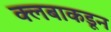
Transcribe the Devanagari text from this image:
क्लबाकडून